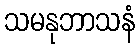
သမနုဘာသနံ